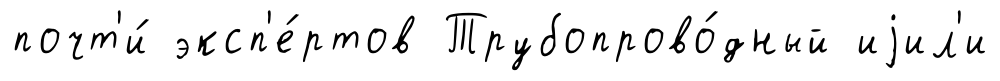
почт'и́ эксп'е́ртов Трубопрово́дный иjил'и